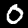
Label: 0